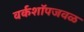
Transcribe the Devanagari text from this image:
वर्कशॉपजवळ